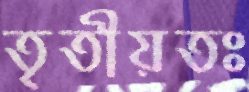
তৃতীয়তঃ